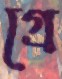
গ্রে